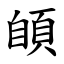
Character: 䫁